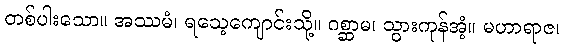
တစ်ပါးသော။ အဿမံ၊ ရသေ့ကျောင်းသို့။ ဂစ္ဆာမ၊ သွားကုန်အံ့။ မဟာရာဇ၊